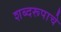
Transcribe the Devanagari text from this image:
शब्दरूपाचे